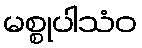
မစ္စုပါသံဝ